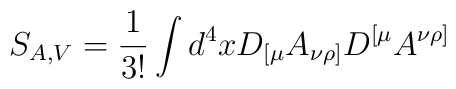
S_{A,V}=\frac{1}{3!}\int d^{4}xD_{[\mu}A_{\nu\rho]}D^{[\mu}A^{\nu\rho]}